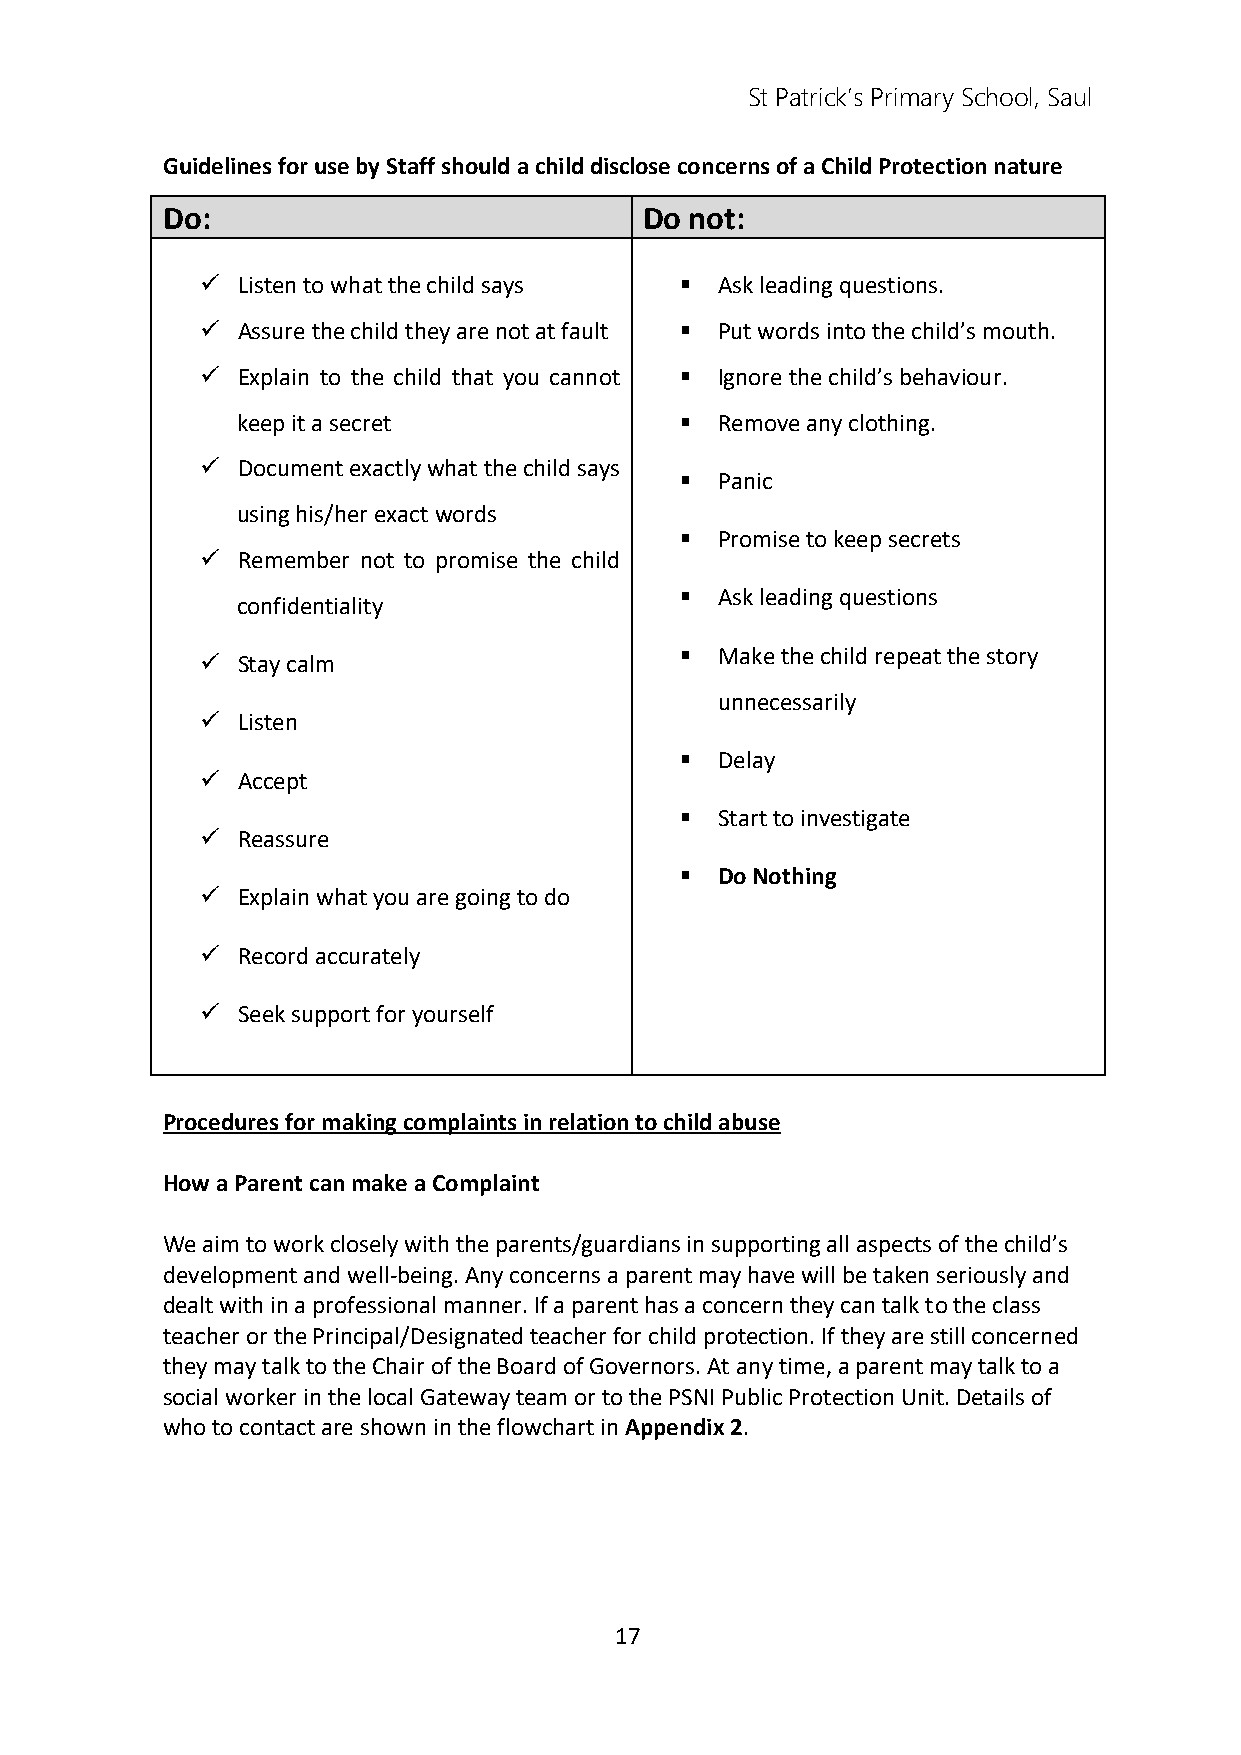
St Patrick’s Primary School, Saul
 Guidelines for use by Staff should a child disclose concerns of a Child Protection nature
 Do:                             Do not:
   Listen to what the child says  Ask leading questions.
   Assure the child they are not at fault  Put words into the child’s mouth.
   Explain to the child that you cannot  Ignore the child’s behaviour.
 keep it a secret              Remove any clothing.
   Document exactly what the child says
  Panic
 using his/her exact words
  Promise to keep secrets
   Remember not to promise the child
  Ask leading questions
 confidentiality
  Make the child repeat the story
   Stay calm
 unnecessarily
   Listen
  Delay
   Accept
  Start to investigate
   Reassure
  Do Nothing
   Explain what you are going to do
   Record accurately
   Seek support for yourself
 Procedures for making complaints in relation to child abuse
 How a Parent can make a Complaint
 We aim to work closely with the parents/guardians in supporting all aspects of the child’s
 development and well-being. Any concerns a parent may have will be taken seriously and
 dealt with in a professional manner. If a parent has a concern they can talk to the class
 teacher or the Principal/Designated teacher for child protection. If they are still concerned
 they may talk to the Chair of the Board of Governors. At any time, a parent may talk to a
 social worker in the local Gateway team or to the PSNI Public Protection Unit. Details of
 who to contact are shown in the flowchart in Appendix 2.
 17